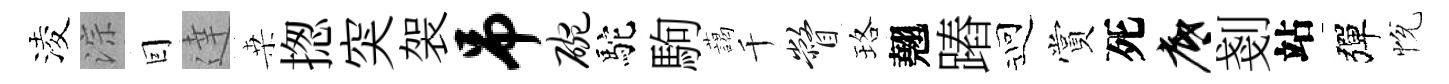
淩淙囙達桒揔突袈吊碗駝駒藹千瞥珞翹蹖迎賞死底剗站彈恱